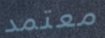
معتمد